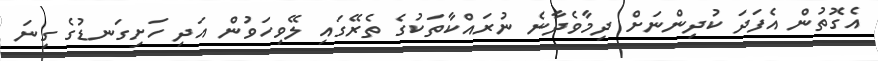
އެގޮތުން އެފަދަ ކުދިންނަށް ދިމާވެދާނެ ނުރައްކާތަކުގެ ތެރޭގައި ލޭވިހަވުން އަދި ހަށިގަނޑުގެ ގިނަ